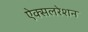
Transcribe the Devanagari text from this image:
ऐक्सलरेशन